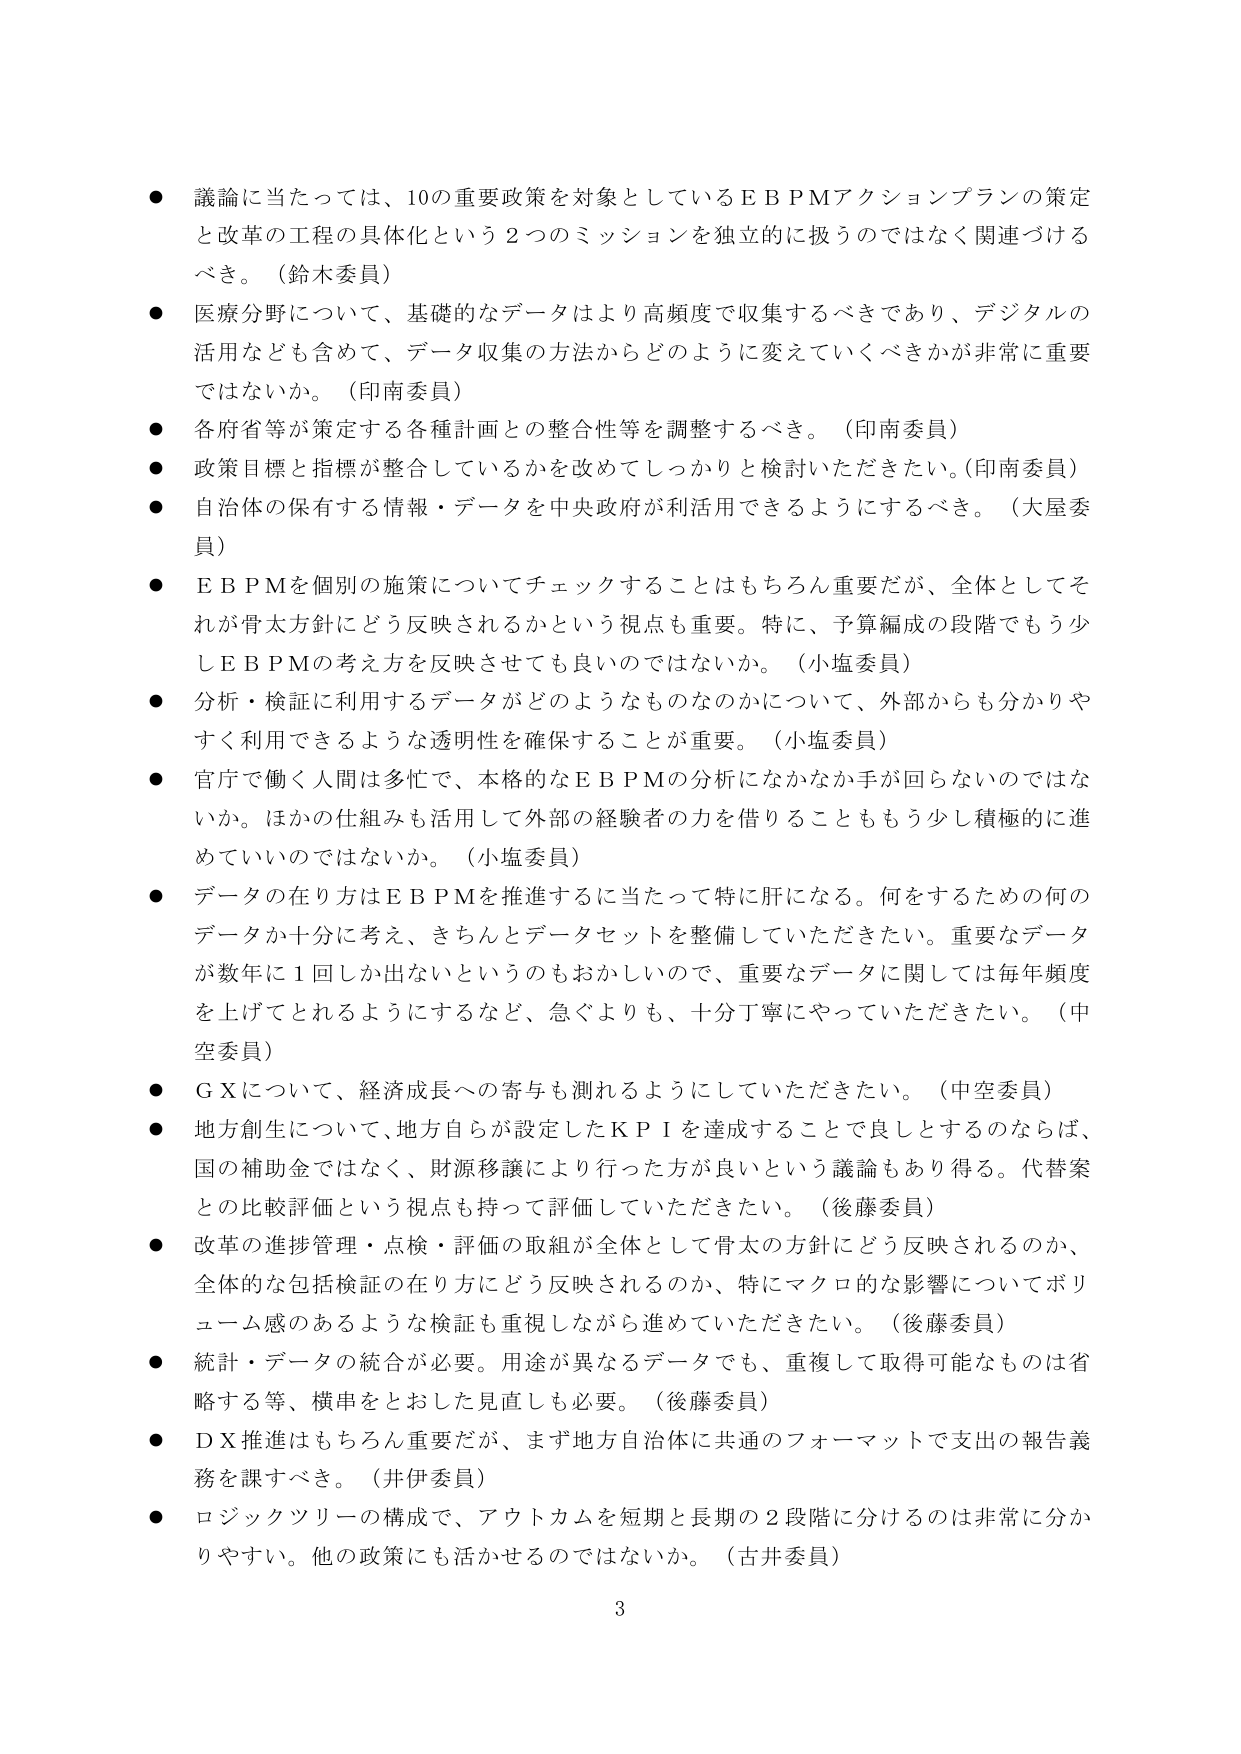
● 議論に当たっては、10の重要政策を対象としているＥＢＰＭアクションプランの策定と改革の工程の具体化という2つのミッションを独立的に扱うのではなく関連づけるべき。（鈴木委員）
● 医療分野について、基礎的なデータはより高頻度で収集するべきであり、デジタルの活用なども含めて、データ収集の方法からどのように変えていくべきかが非常に重要ではないか。（印南委員）
● 各府省等が策定する各種計画との整合性等を調整するべき。（印南委員）
● 政策目標と指標が整合しているかを改めてしっかりと検討いただきたい。（印南委員）
● 自治体の保有する情報・データを中央政府が利活用できるようにするべき。（大屋委員）
● ＥＢＰＭを個別の施策についてチェックすることはもちろん重要だが、全体としてそれが骨太方針にどう反映されるかという視点も重要。特に、予算編成の段階でもう少しＥＢＰＭの考え方を反映させても良いのではないか。（小塩委員）
● 分析・検証に利用するデータがどのようなものなのかについて、外部からも分かりやすく利用できるような透明性を確保することが重要。（小塩委員）
● 官庁で働く人間は多忙で、本格的なＥＢＰＭの分析になかなか手が回らないのではないか。ほかの仕組みも活用して外部の経験者の力を借りることももう少し積極的に進めていいのではないか。（小塩委員）
● データの在り方はＥＢＰＭを推進するに当たって特に肝になる。何をするための何のデータか十分に考え、きちんとデータセットを整備していただきたい。重要なデータが数年に1回しか出ないというのもおかしいので、重要なデータに関しては毎年頻度を上げてとれるようにするなど、急ぐよりも、十分丁寧にやっていただきたい。（中空委員）
● ＧＸについて、経済成長への寄与も測れるようにしていただきたい。（中空委員）
● 地方創生について、地方自らが設定したＫＰＩを達成することで良しとするのならば、国の補助金ではなく、財源移譲により行った方が良いという議論もあり得る。代替案との比較評価という視点も持って評価していただきたい。（後藤委員）
● 改革の進捗管理・点検・評価の取組が全体として骨太の方針にどう反映されるのか、全体的な包括検証の在り方にどう反映されるのか、特にマクロ的な影響についてボリューム感のあるような検証も重視しながら進めていただきたい。（後藤委員）
● 統計・データの統合が必要。用途が異なるデータでも、重複して取得可能なものは省略する等、横串をとおした見直しも必要。（後藤委員）
● ＤＸ推進はもちろん重要だが、まず地方自治体に共通のフォーマットで支出の報告義務を課すべき。（井伊委員）
● ロジックツリーの構成で、アウトカムを短期と長期の2段階に分けるのは非常に分かりやすい。他の政策にも活かせるのではないか。（古井委員）
3